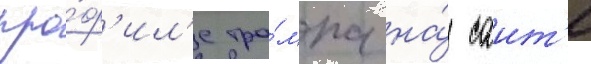
про́ф'ил'е тра́мпа на́ саит'е